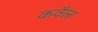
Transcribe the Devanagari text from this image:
कवँल